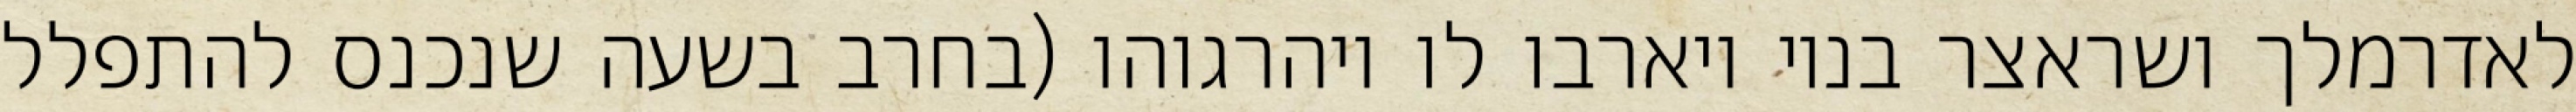
לאדרמלך ושראצר בניו ויארבו לו ויהרגוהו (בחרב בשעה שנכנס להתפלל